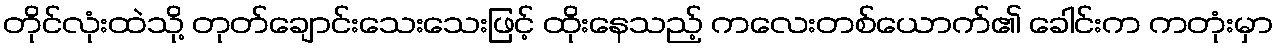
တိုင်လုံးထဲသို့ တုတ်ချောင်းသေးသေးဖြင့် ထိုးနေသည့် ကလေးတစ်ယောက်၏ ခေါင်းက ကတုံးမှာ